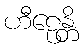
ဟီဠေန္တိ